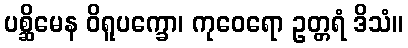
ပစ္ဆိမေန ဝိရူပက္ခော၊ ကုဝေရော ဥတ္တရံ ဒိသံ။